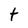
Character: t